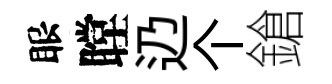
眼瞠辸个鎗